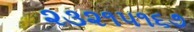
૨૩૨૧૫૧૬૭